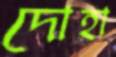
দোহা